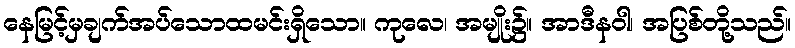
နေမြင့်မှချက်အပ်သောထမင်းရှိသော။ ကုလေ၊ အမျိုး၌။ အာဒီနဝါ၊ အပြစ်တို့သည်။